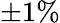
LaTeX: \pm 1\%